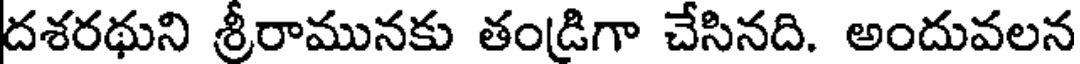
దశరథుని శ్రీరామునకు తండ్రిగా చేసినది. అందువలన